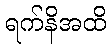
ရက်နိအထိ